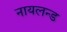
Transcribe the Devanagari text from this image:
नायलन्ड